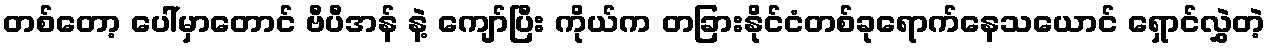
တစ်တော့ ပေါ်မှာတောင် ဗီပီအန် နဲ့ ကျော်ပြီး ကိုယ်က တခြားနိုင်ငံတစ်ခုရောက်နေသယောင် ရှောင်လွှဲတဲ့